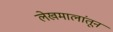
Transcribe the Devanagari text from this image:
लेखमालांतून